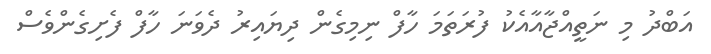
އަބްދު މި ނަތީއްޖާއާއެކު ފުރަތަމަ ހާފް ނިމިގެން ދިޔައިރު ދެވަނަ ހާފް ފެށިގެންވެސް